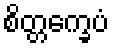
စိတ္တက္ခေပံ